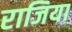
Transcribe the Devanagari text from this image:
राजिया